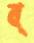
ব্